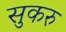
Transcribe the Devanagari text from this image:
सुकरु